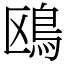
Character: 鴎